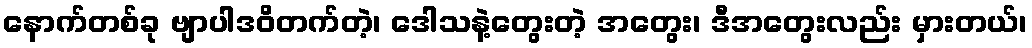
နောက်တစ်ခု ဗျာပါဒဝိတက်တဲ့၊ ဒေါသနဲ့တွေးတဲ့ အတွေး၊ ဒီအတွေးလည်း မှားတယ်၊